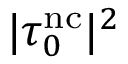
| \tau _ { 0 } ^ { \mathrm { n c } } | ^ { 2 }